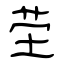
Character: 茔